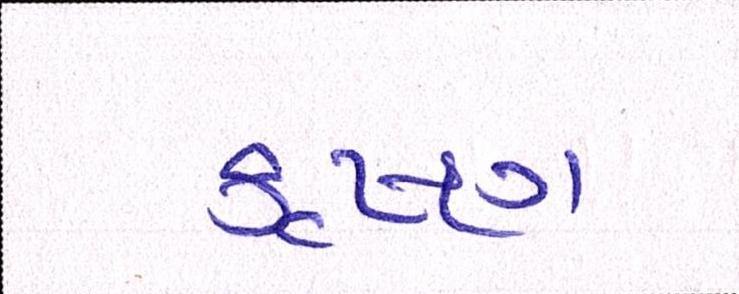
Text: કૃષ્ણ